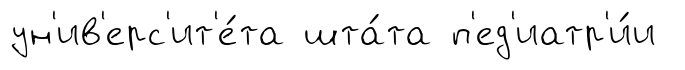
ун'ив'ерс'ит'е́та шта́та п'ед'иатр'и́и